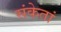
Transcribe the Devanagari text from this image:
संकेतां